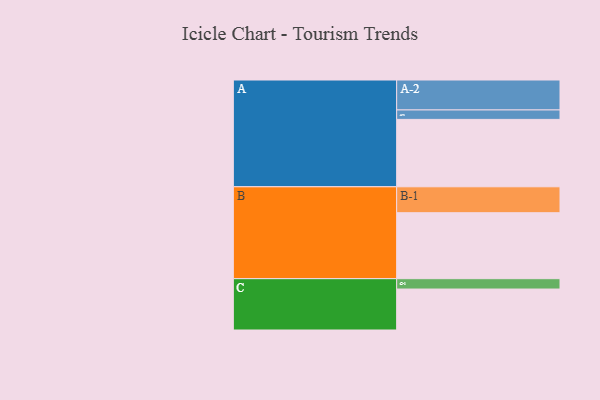
{"axis": {"x": "Segment", "y": "Value"}, "legend": ["", "A", "B", "C"], "data": [{"x": "A", "y": 520, "type": ""}, {"x": "B", "y": 509, "type": ""}, {"x": "C", "y": 316, "type": ""}, {"x": "A-1", "y": 73, "type": "A"}, {"x": "A-2", "y": 231, "type": "A"}, {"x": "B-1", "y": 200, "type": "B"}, {"x": "C-1", "y": 80, "type": "C"}]}